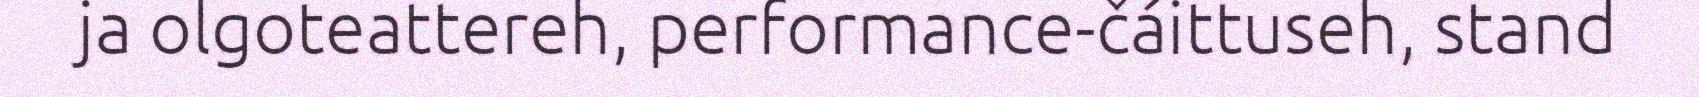
ja olgoteattereh, performance-čáittuseh, stand